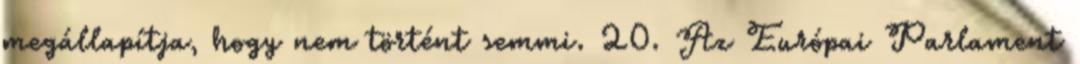
megállapítja, hogy nem történt semmi. 20. Az Európai Parlament